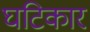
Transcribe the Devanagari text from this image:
घटिकार